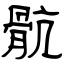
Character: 骯